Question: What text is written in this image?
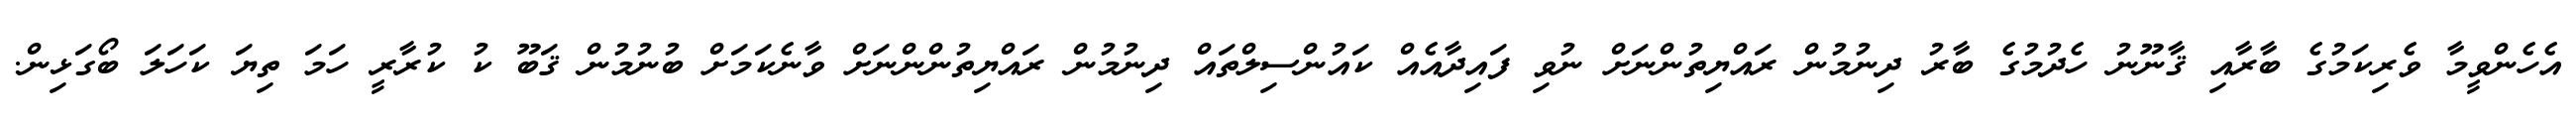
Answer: އެހެންވީމާ ވެރިކަމުގެ ބާރާއި ޤާނޫނު ހެދުމުގެ ބާރު ދިނުމުން ރައްޔިތުންނަށް ނުވި ފައިދާއެއް ކައުންސިލްތައް ދިނުމުން ރައްޔިތުންންނަށް ވާނެކަމަށް ބުނުމުން ޤަބޫ ކު ކުރާރީ ހަމަ ތިޔަ ކަހަލަ ބޯގަޅިން.